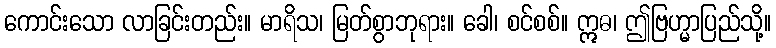
ကောင်းသော လာခြင်းတည်း။ မာရိသ၊ မြတ်စွာဘုရား။ ခေါ၊ စင်စစ်။ ဣဓ၊ ဤဗြဟ္မာပြည်သို့။